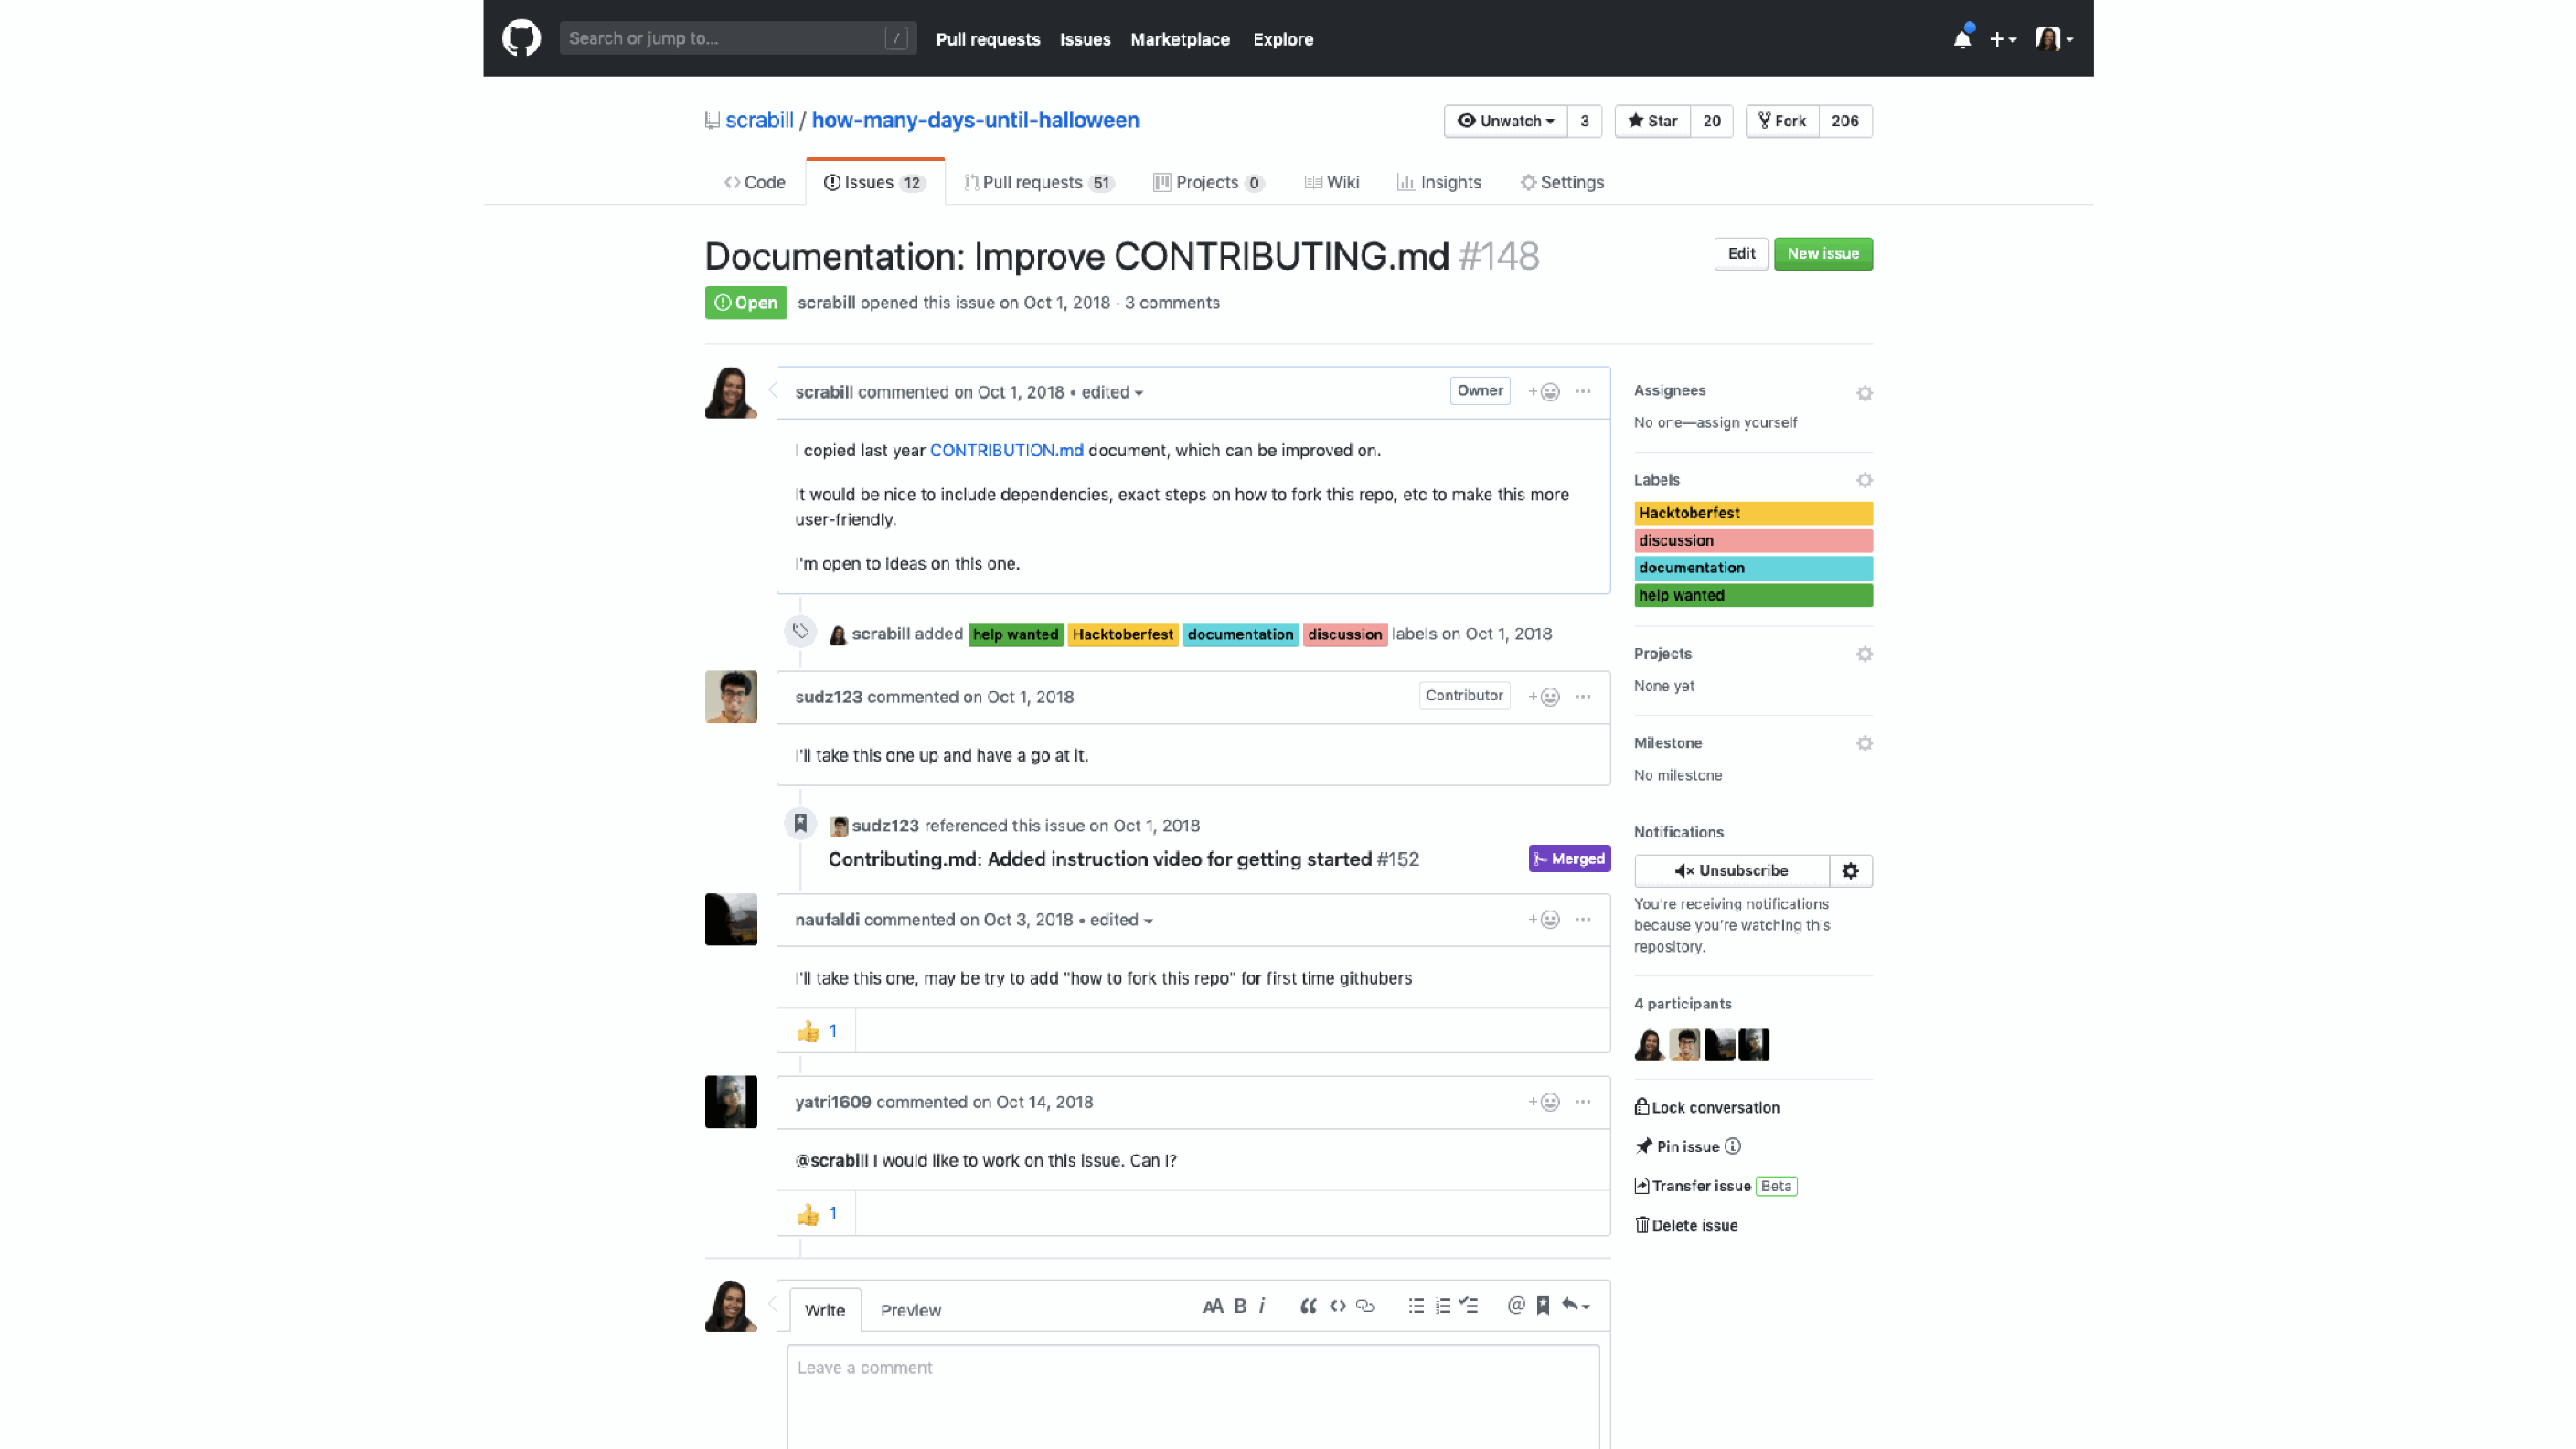
@shannon_crabill                  | #writethedocs                                                                                                                                  shannoncrabill.com/writethedocs